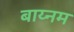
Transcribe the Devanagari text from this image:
बाय्नम